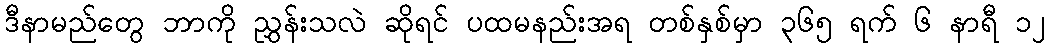
ဒီနာမည်တွေ ဘာကို ညွှန်းသလဲ ဆိုရင် ပထမနည်းအရ တစ်နှစ်မှာ ၃၆၅ ရက် ၆ နာရီ ၁၂